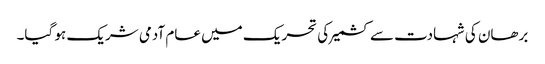
برھان کی شہادت سے کشمیر کی تحریک میں عام آدمی شریک ہو گیا۔